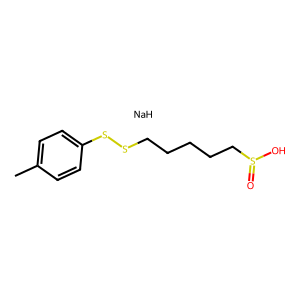
SMILES: Cc1ccc(SSCCCCCS(=O)O)cc1.[NaH]
Inhibits HIV replication: No